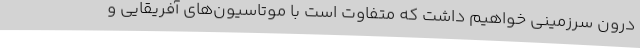
درون سرزمینی خواهیم داشت که متفاوت است با موتاسیون‌های آفریقایی و